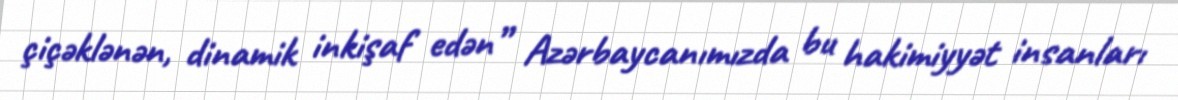
çiçəklənən, dinamik inkişaf edən” Azərbaycanımızda bu hakimiyyət insanları